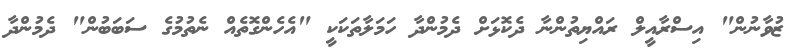
ޒުވާނުން" އިސްރާއީލް ރައްޔިތުންނާ ދެކޮޅަށް ދެމުންދާ ހަމަލާތަކަކީ "އެހެންގޮތެއް ނެތުމުގެ ސަބަބުން" ދެމުންދާ